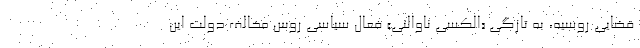
قضایی روسیه، به تازگی «الکسی ناوالنی» فعال سیاسی روس مخالف دولت این